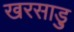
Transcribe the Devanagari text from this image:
खरसाड़ु